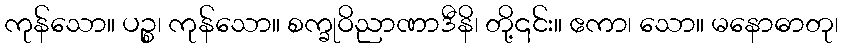
ကုန်သော။ ပဉ္စ၊ ကုန်သော။ စက္ခုဝိညာဏာဒီနိ၊ တို့၎င်း။ ဧကာ၊ သော။ မနောဓာတု၊